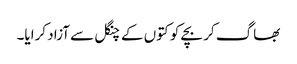
بھاگ کر بچے کو کتوں کے چنگل سے آزاد کرایا۔